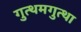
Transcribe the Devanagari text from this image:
गुत्थमगुत्था